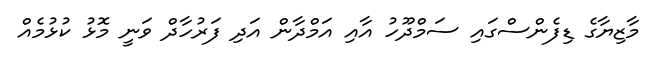
މާޒިޔާގެ ޑިފެންސްގައި ސަމްދޫހު އާއި އަމްދާން އަދި ފަރުހާދް ވަނީ މޮޅު ކުޅުމެއް